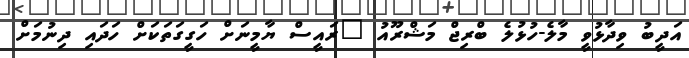
އަދީބު ވިދާޅުވީ މާލެ-ހުޅުލެ ބްރިޖް މަޝްރޫއު "ރައީސް ޔާމީނަށް ހަގީގަތަކަށް ހަދައި ދިނުމަށް